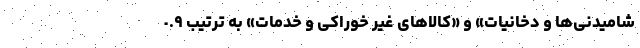
شامیدنی‌ها و دخانیات» و «کالاهای غیر خوراکی و خدمات» به ترتیب ٠.٩